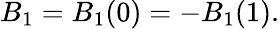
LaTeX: B_{1}=B_{1}(0)=-B_{1}(1).